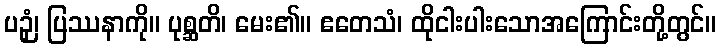
ပဉှံ၊ ပြဿနာကို။ ပုစ္ဆတိ၊ မေး၏။ ဧတေသံ၊ ထိုငါးပါးသောအကြောင်းတို့တွင်။